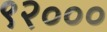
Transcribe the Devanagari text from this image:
९२०००